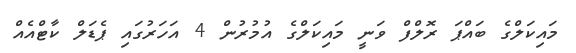
މައިކަލްގެ ބައްޕަ ރޮލްފް ވަނީ މައިކަލްގެ އުމުރުން 4 އަހަރުގައި ޕެޑަލް ކާޓްއެއް